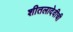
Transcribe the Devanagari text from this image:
शीतलादेवीची